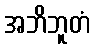
အဘိဘူတံ